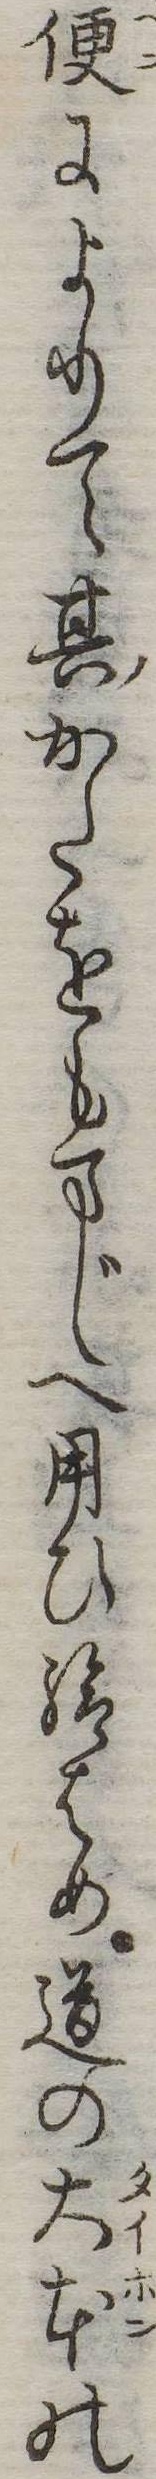
便によりて其かたをもまじへ用ひ給はめ道の大本の